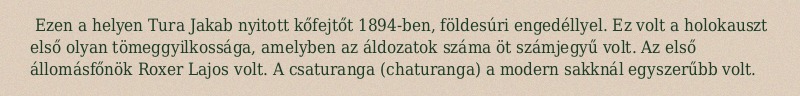
Ezen a helyen Tura Jakab nyitott kőfejtőt 1894-ben, földesúri engedéllyel. Ez volt a holokauszt első olyan tömeggyilkossága, amelyben az áldozatok száma öt számjegyű volt. Az első állomásfőnök Roxer Lajos volt. A csaturanga (chaturanga) a modern sakknál egyszerűbb volt.